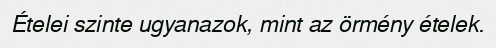
Ételei szinte ugyanazok, mint az örmény ételek.